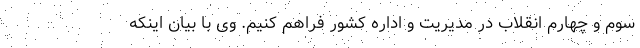
سوم و چهارم انقلاب در مدیریت و اداره کشور فراهم کنیم. وی با بیان اینکه